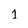
Character: 1